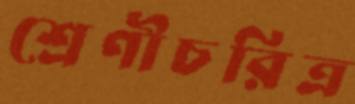
শ্রেণীচরিত্র